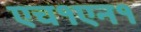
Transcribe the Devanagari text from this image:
एच१एन१